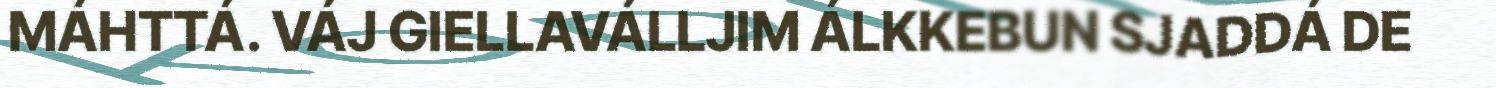
MÁHTTÁ. VÁJ GIELLAVÁLLJIM ÁLKKEBUN SJADDÁ DE